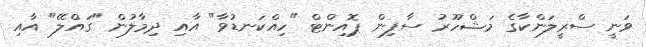
ވަނީ ސްރީލަންކާގެ މަޝްހޫރު ސާފިން ޕޮއިންޓް "ހިއްކަނޑުވާ" އާއި ދިމާލުން "ގައްލޭ" އާއި